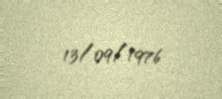
13/09/1976